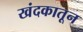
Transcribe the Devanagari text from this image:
खंदकातून